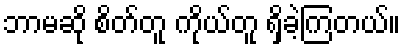
ဘာမဆို စိတ်တူ ကိုယ်တူ ရှိခဲ့ကြတယ်။